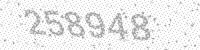
Solution: 258948